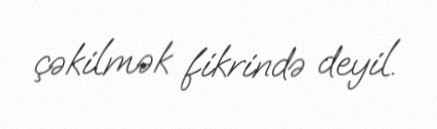
çəkilmək fikrində deyil.